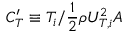
C _ { T } ^ { \prime } \equiv T _ { i } / \frac { 1 } { 2 } \rho U _ { T , i } ^ { 2 } A